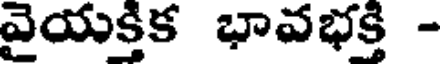
వైయక్తిక భావభక్తి -